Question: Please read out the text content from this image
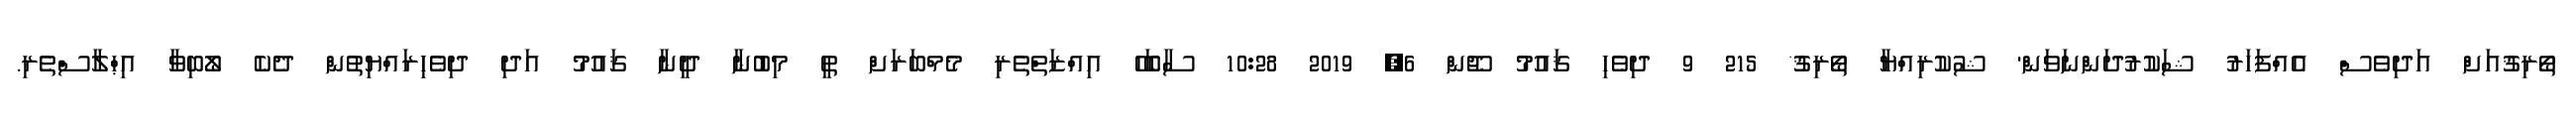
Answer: ތޯރިޤުއަށް އަދިވެސް އެއްފަހަރު ޝަކުރުދަންނަވަން' ޝުކުރިއްޔާ ތޯރިޤު* 215 9 ދިވެހި ޤައުމު ޖޫން 6, 2019 10:28 ސާބަހޭ އިއްޒަތްތެރި މެމްބަރަށް ތީ މިބުނާ ދީނާ ޤައުމު އަދި ދިވެހިރައްޔިތުން ދެކެ ލޯބިވާ އިޙްލާސްތެރި.